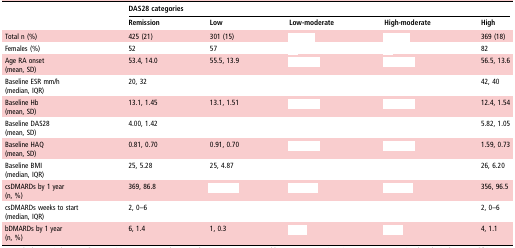
<table><thead><tr><td>[EMPTY_CELL]</td><td colspan="5"><b>DAS28 categories</b></td></tr><tr><td>[EMPTY_CELL]</td><td><b>Remission</b></td><td><b>Low</b></td><td><b>Low-moderate</b></td><td><b>High-moderate</b></td><td><b>High</b></td></tr></thead><tbody><tr><td>Total n (%)</td><td>425 (21)</td><td>301 (15)</td><td>[EMPTY_CELL]</td><td>[EMPTY_CELL]</td><td>369 (18)</td></tr><tr><td>Females (%)</td><td>52</td><td>57</td><td>[EMPTY_CELL]</td><td>[EMPTY_CELL]</td><td>82</td></tr><tr><td>Age RA onset(mean, SD)</td><td>53.4, 14.0</td><td>55.5, 13.9</td><td>[EMPTY_CELL]</td><td>[EMPTY_CELL]</td><td>56.5, 13.6</td></tr><tr><td>Baseline ESR mm/h(median, IQR)</td><td>20, 32</td><td>[EMPTY_CELL]</td><td>[EMPTY_CELL]</td><td>[EMPTY_CELL]</td><td>42, 40</td></tr><tr><td>Baseline Hb(mean, SD)</td><td>13.1, 1.45</td><td>13.1, 1.51</td><td>[EMPTY_CELL]</td><td>[EMPTY_CELL]</td><td>12.4, 1.54</td></tr><tr><td>Baseline DAS28(mean, SD)</td><td>4.00, 1.42</td><td>[EMPTY_CELL]</td><td>[EMPTY_CELL]</td><td>[EMPTY_CELL]</td><td>5.82, 1.05</td></tr><tr><td>Baseline HAQ(mean, SD)</td><td>0.81, 0.70</td><td>0.91, 0.70</td><td>[EMPTY_CELL]</td><td>[EMPTY_CELL]</td><td>1.59, 0.73</td></tr><tr><td>Baseline BMI(median, IQR)</td><td>25, 5.28</td><td>25, 4.87</td><td>[EMPTY_CELL]</td><td>[EMPTY_CELL]</td><td>26, 6.20</td></tr><tr><td>csDMARDs by 1 year(n, %)</td><td>369, 86.8</td><td>[EMPTY_CELL]</td><td>[EMPTY_CELL]</td><td>[EMPTY_CELL]</td><td>356, 96.5</td></tr><tr><td>csDMARDs weeks to start(median, IQR)</td><td>2, 0–6</td><td>[EMPTY_CELL]</td><td>[EMPTY_CELL]</td><td>[EMPTY_CELL]</td><td>2, 0–6</td></tr><tr><td>bDMARDs by 1 year(n, %)</td><td>6, 1.4</td><td>1, 0.3</td><td>[EMPTY_CELL]</td><td>[EMPTY_CELL]</td><td>4, 1.1</td></tr></tbody></table>